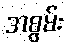
အစွမ်း